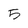
Character: 5